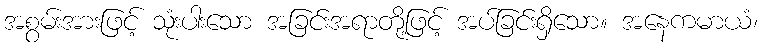
အစွမ်းအားဖြင့် သုံးပါးသော အခြင်းအရာတို့ဖြင့် အပ်ခြင်းရှိသော။ အနေကမာယံ၊